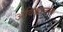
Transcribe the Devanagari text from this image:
अविद्याजन्य